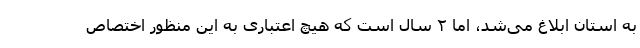
به استان ابلاغ می‌شد، اما ۲ سال است که هیچ اعتباری به این منظور اختصاص